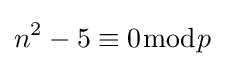
n^{2}-5\equiv 0{\bmod {p}}